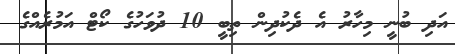
އަދި ބުނީ މިހާރު އެ ދެކުދިން ތިބީ 10 ދުވަހުގެ ކޯޓް އަމުރެއްގެ